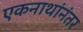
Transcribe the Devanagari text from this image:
एकनाथांनंतर